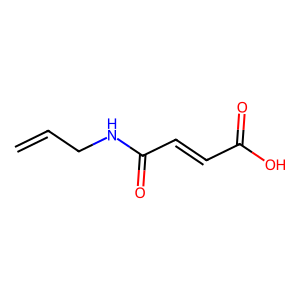
SMILES: C=CCNC(=O)C=CC(=O)O
Inhibits HIV replication: No